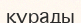
қүрады